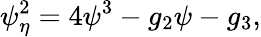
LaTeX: \psi_{\eta}^{2}=4\psi^{3}-g_{2}\psi-g_{3},